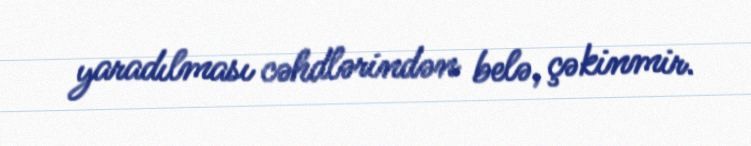
yaradılması cəhdlərindən belə, çəkinmir.